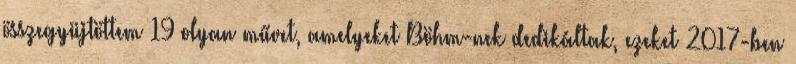
összegyüjtöttem 19 olyan művet, amelyeket Böhm-nek dedikáltak, ezeket 2017-ben